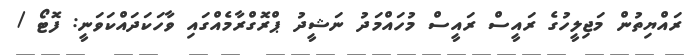
ރައްޔިތުން މަޖިލީހުގެ ރައީސް ރައީސް މުހައްމަދު ނަޝީދު ޕްރޮގްރާމެއްގައި ވާހަކަދައްކަވަނީ: ފޮޓޯ /